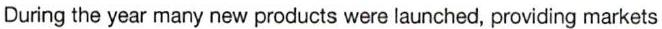
During the year many new products were launched, providing markets